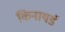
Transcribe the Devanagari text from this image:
किनायर्ड